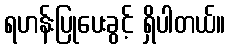
ရဟန်းပြုပေးခွင့် ရှိပါတယ်။